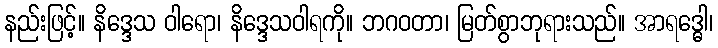
နည်းဖြင့်။ နိဒ္ဒေသ ဝါရော၊ နိဒ္ဒေသဝါရကို။ ဘဂဝတာ၊ မြတ်စွာဘုရားသည်။ အာရဒ္ဓေါ၊